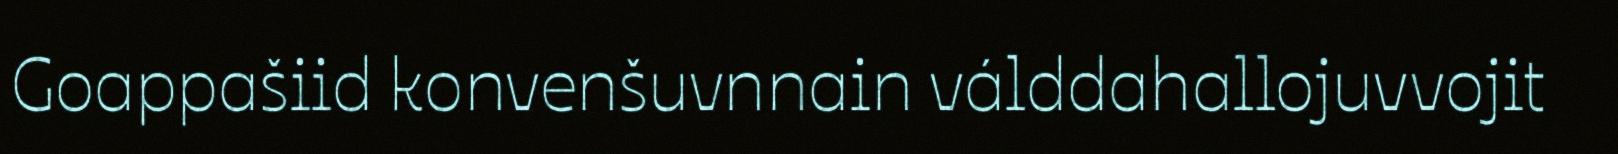
Goappašiid konvenšuvnnain válddahallojuvvojit